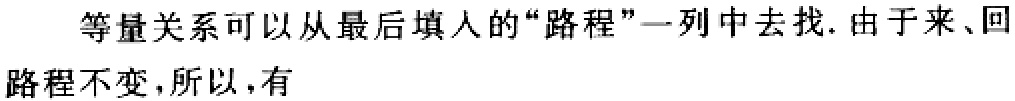
等量关系可以从最后填人的“路程”一列中去找. 由于来、回路程不变，所以，有